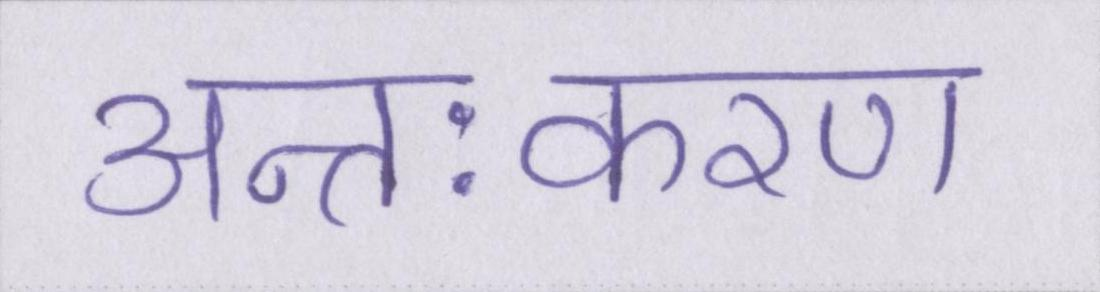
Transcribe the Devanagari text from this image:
अन्तःकरण